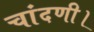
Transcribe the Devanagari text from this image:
चांदणी।